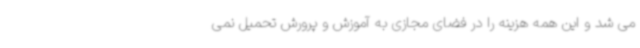
می شد و این همه هزینه را در فضای مجازی به آموزش و پرورش تحمیل نمی